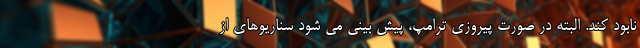
نابود کند. البته در صورت پیروزی ترامپ، پیش بینی می شود سناریوهای از